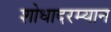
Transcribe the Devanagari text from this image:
शोधादरम्यान